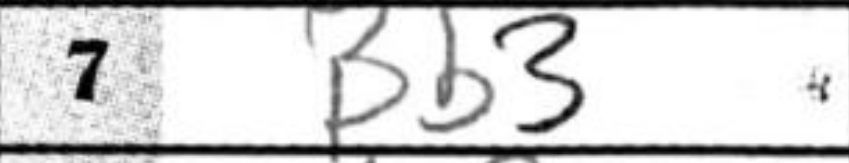
Transcription: Bb3